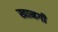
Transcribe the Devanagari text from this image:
खानगी